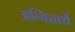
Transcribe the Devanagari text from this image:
अन्वितार्थ